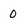
Character: 0